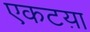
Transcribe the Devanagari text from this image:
एकटय़ा